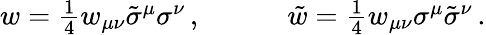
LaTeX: \begin{array}{cc}{{w=\textstyle{\frac{1}{4}}w_{\mu\nu}\tilde{\sigma}^{\mu}\sigma^{\nu}\, ,~~~~}}&{{~~~~\tilde{w}=\textstyle{\frac{1}{4}}w_{\mu\nu}\sigma^{\mu}\tilde{\sigma}^{\nu}\, .}}\end{array}